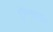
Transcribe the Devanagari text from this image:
ट्रॉन्डहाईम